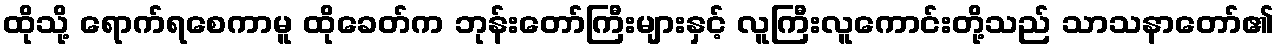
ထိုသို့ ရောက်ရစေကာမူ ထိုခေတ်က ဘုန်းတော်ကြီးများနှင့် လူကြီးလူကောင်းတို့သည် သာသနာတော်၏